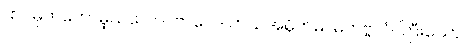
ထင်မှတ်တော်မူသလော။ ဗာလေ၊ ဟယ်အမိုက်မ။ မဟဗ္ဗလံ၊ ကြီးသော